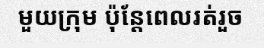
មួយក្រុម ប៉ុន្តែពេលរត់រួច